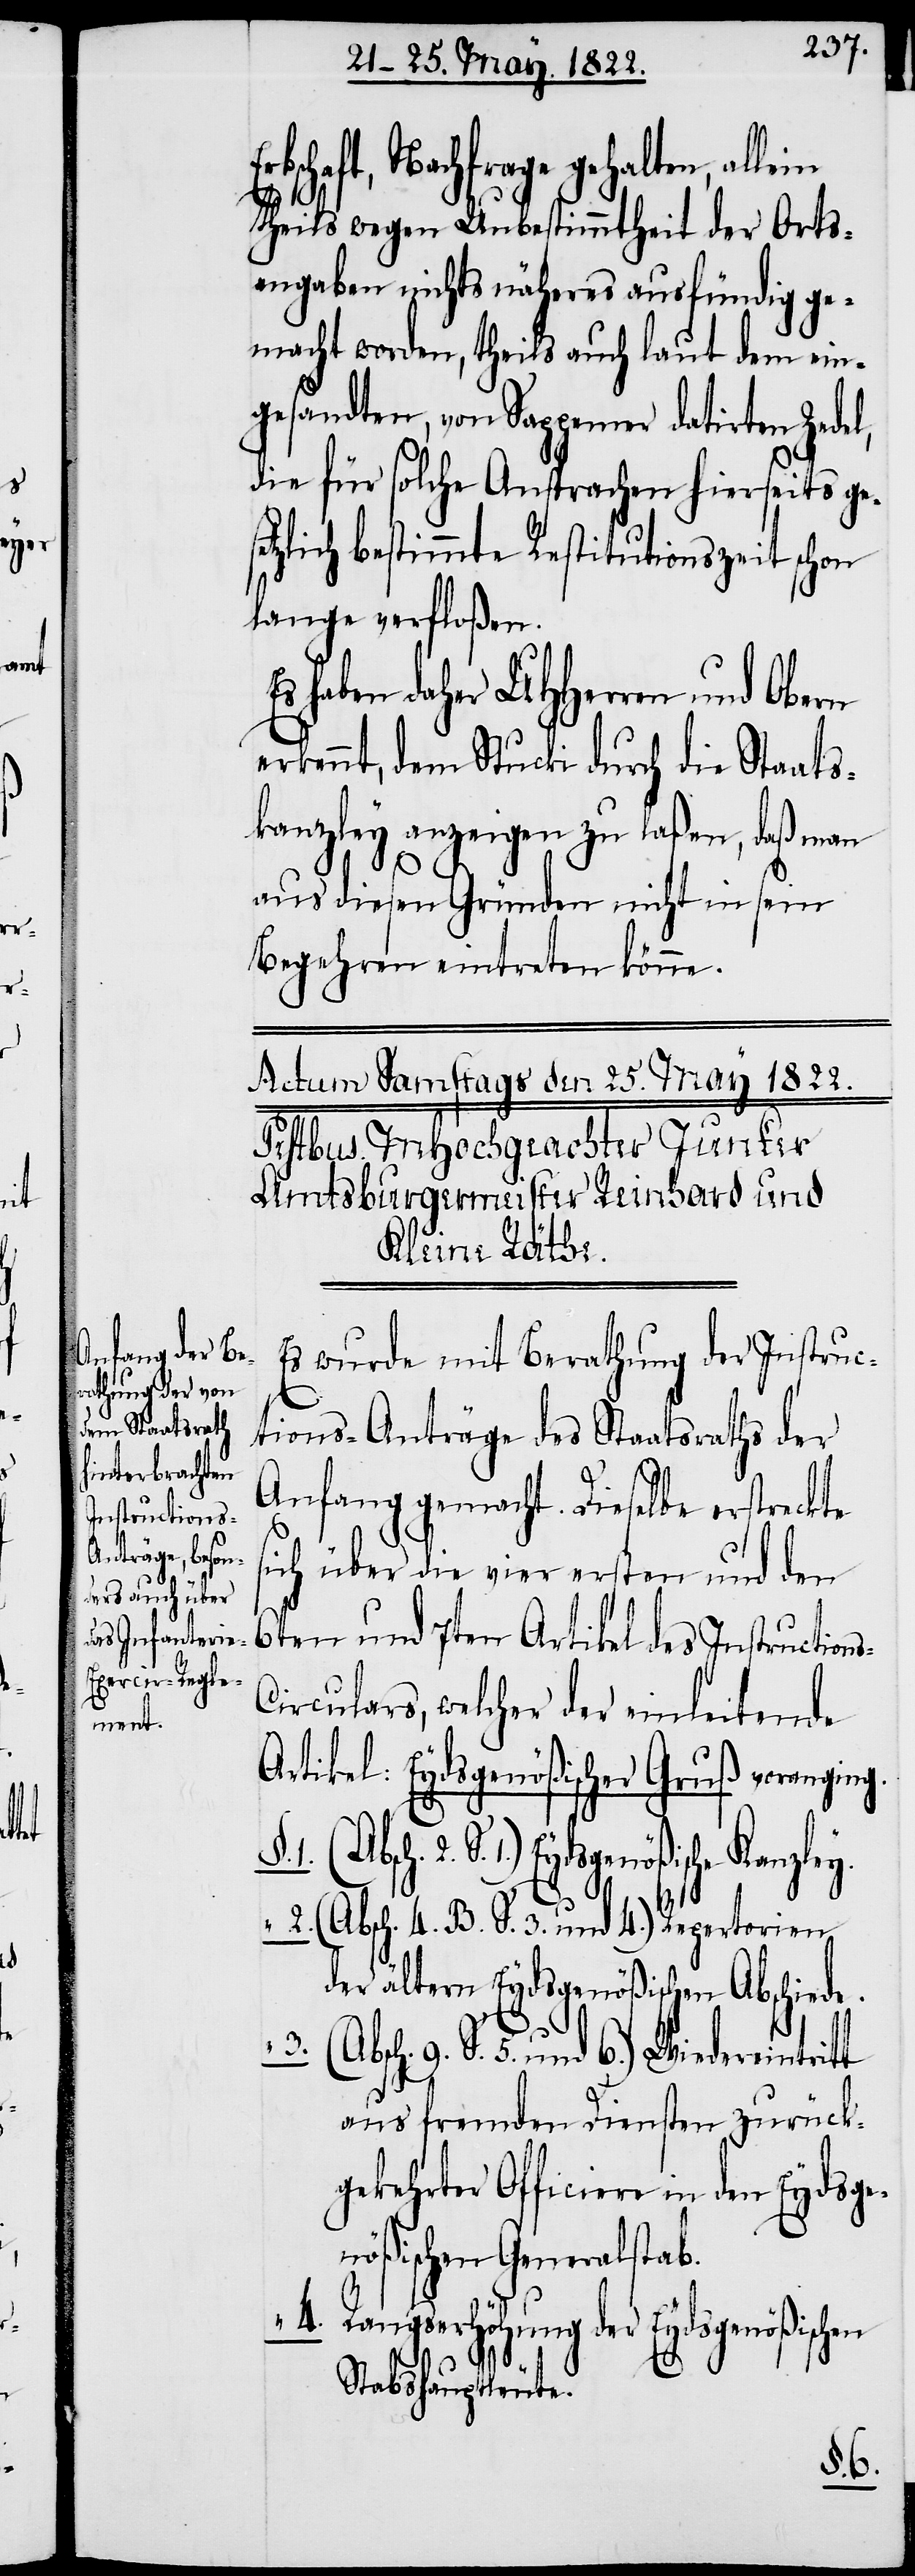
t
Stan¬

ey.
wird

Der Regie¬
usen

Erbschaft, Nachfrage gehalten, allein
3.
theils wegen Unbestimmtheit der Orts¬
angaben nicht näheres ausfündig ge¬
macht worden, theils auch laut dem ein¬
gesandten, von Sappemer datirten Zede¬
die für solche Ansprachen hierseits ge¬
tzlich bestimmte Restitutionszeit schon
lange verfloßen.
Es haben daher UHHerren und Obern
erkennt, dem Stucki durch die Staats¬
kanzley anzeigen zu laßen, daß man
aus diesen Gründen nicht in sein
Begehren eintreten könne.
Es wurde mit Berathung der Instruc¬
tions-Anträge des Staatsraths der
Anfang gemacht. Dieselbe erstreckte
sich über die vier ersten und den
6ten und 7ten Artikel des Instruction¬
irculars, welcher der einleitende
Artikel: Eydsgenößischer Gruß voranging.
deshauptes zugesichert.
“ 2. (Absch. 4. B. S. 3. und 4.) Repertorien
der ältern Eydsgenößischen Abschiede.
9. S. 5. und 6.) Wiedereintrit¬
aus fremden Diensten zurück¬
gekehrter Officiere in den Eydsge¬
nößischen Generalstab.
4. Rangserhöhung der Eydsgenößisch¬
Stabshauptleute.
§. 1.